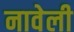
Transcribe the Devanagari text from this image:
नावेली